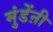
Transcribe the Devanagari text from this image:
मुंडेंऩी